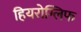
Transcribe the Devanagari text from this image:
हियरोग्लिफ